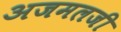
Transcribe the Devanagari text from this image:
अजमलजी